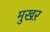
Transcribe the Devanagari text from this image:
मुखऱ